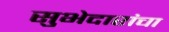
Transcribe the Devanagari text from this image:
सुभेदारांचा